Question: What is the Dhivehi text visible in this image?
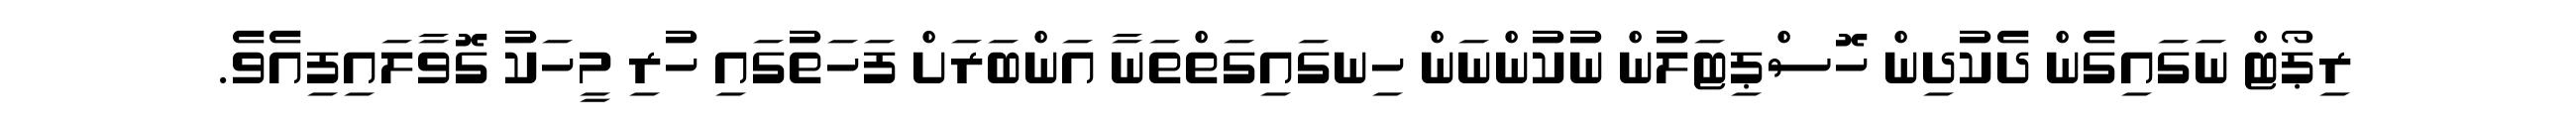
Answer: ރިޕޯޓް ނަގައިގެން ދެކުދިން ހޮސްޕިޓަލުން ނުކުންނަން ހިނގައިގަތްތަނާ އަންބަރަށް ފަހަތުގައި ހުރި މީހަކު ގޮވާލައިފިއެވެ.